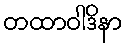
တထာဝါဒိနာ